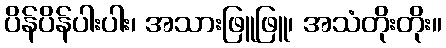
ပိန်ပိန်ပါးပါး၊ အသားဖြူဖြူ၊ အသံတိုးတိုး။